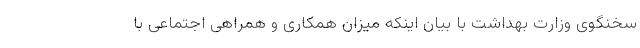
سخنگوی وزارت بهداشت با بیان اینکه میزان همکاری و همراهی اجتماعی با